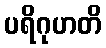
ပရိဂုဟတိ